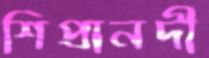
শিপ্রানদী